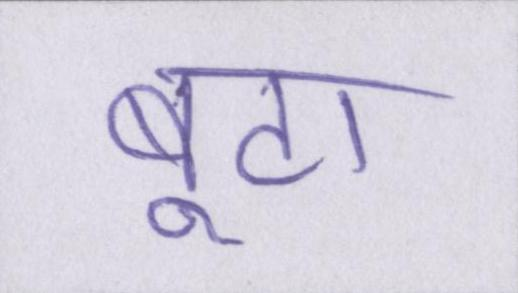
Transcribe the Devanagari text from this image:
बूटा